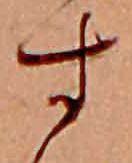
す